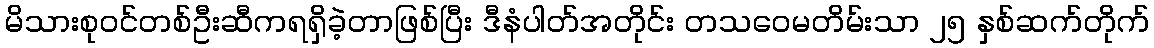
မိသားစုဝင်တစ်ဦးဆီကရရှိခဲ့တာဖြစ်ပြီး ဒီနံပါတ်အတိုင်း တသဝေမတိမ်းသာ ၂၅ နှစ်ဆက်တိုက်